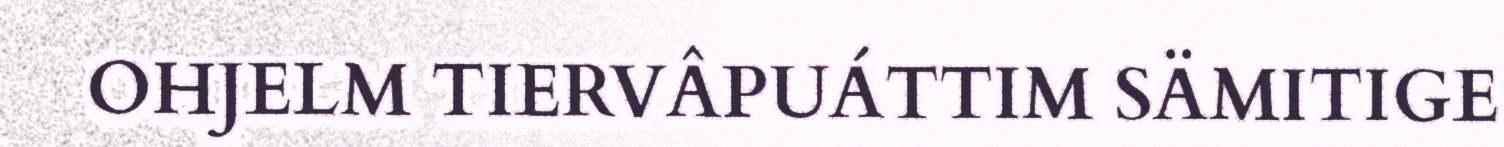
OHJELM TIERVÂPUÁTTIM SÄMITIGE